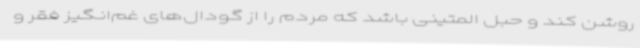
روشن کند و حبل المتینی باشد که مردم را از گودال‌های غم‌انگیز فقر و